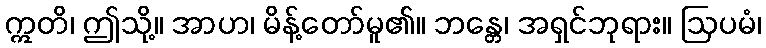
ဣတိ၊ ဤသို့။ အာဟ၊ မိန့်တော်မူ၏။ ဘန္တေ၊ အရှင်ဘုရား။ ဩပမံ၊